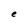
Character: e